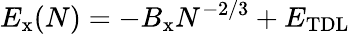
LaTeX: E_{\mathrm{x}}(N)=-B_{\mathrm{x}}N^{-2/3}+E_{\mathrm{TDL}}